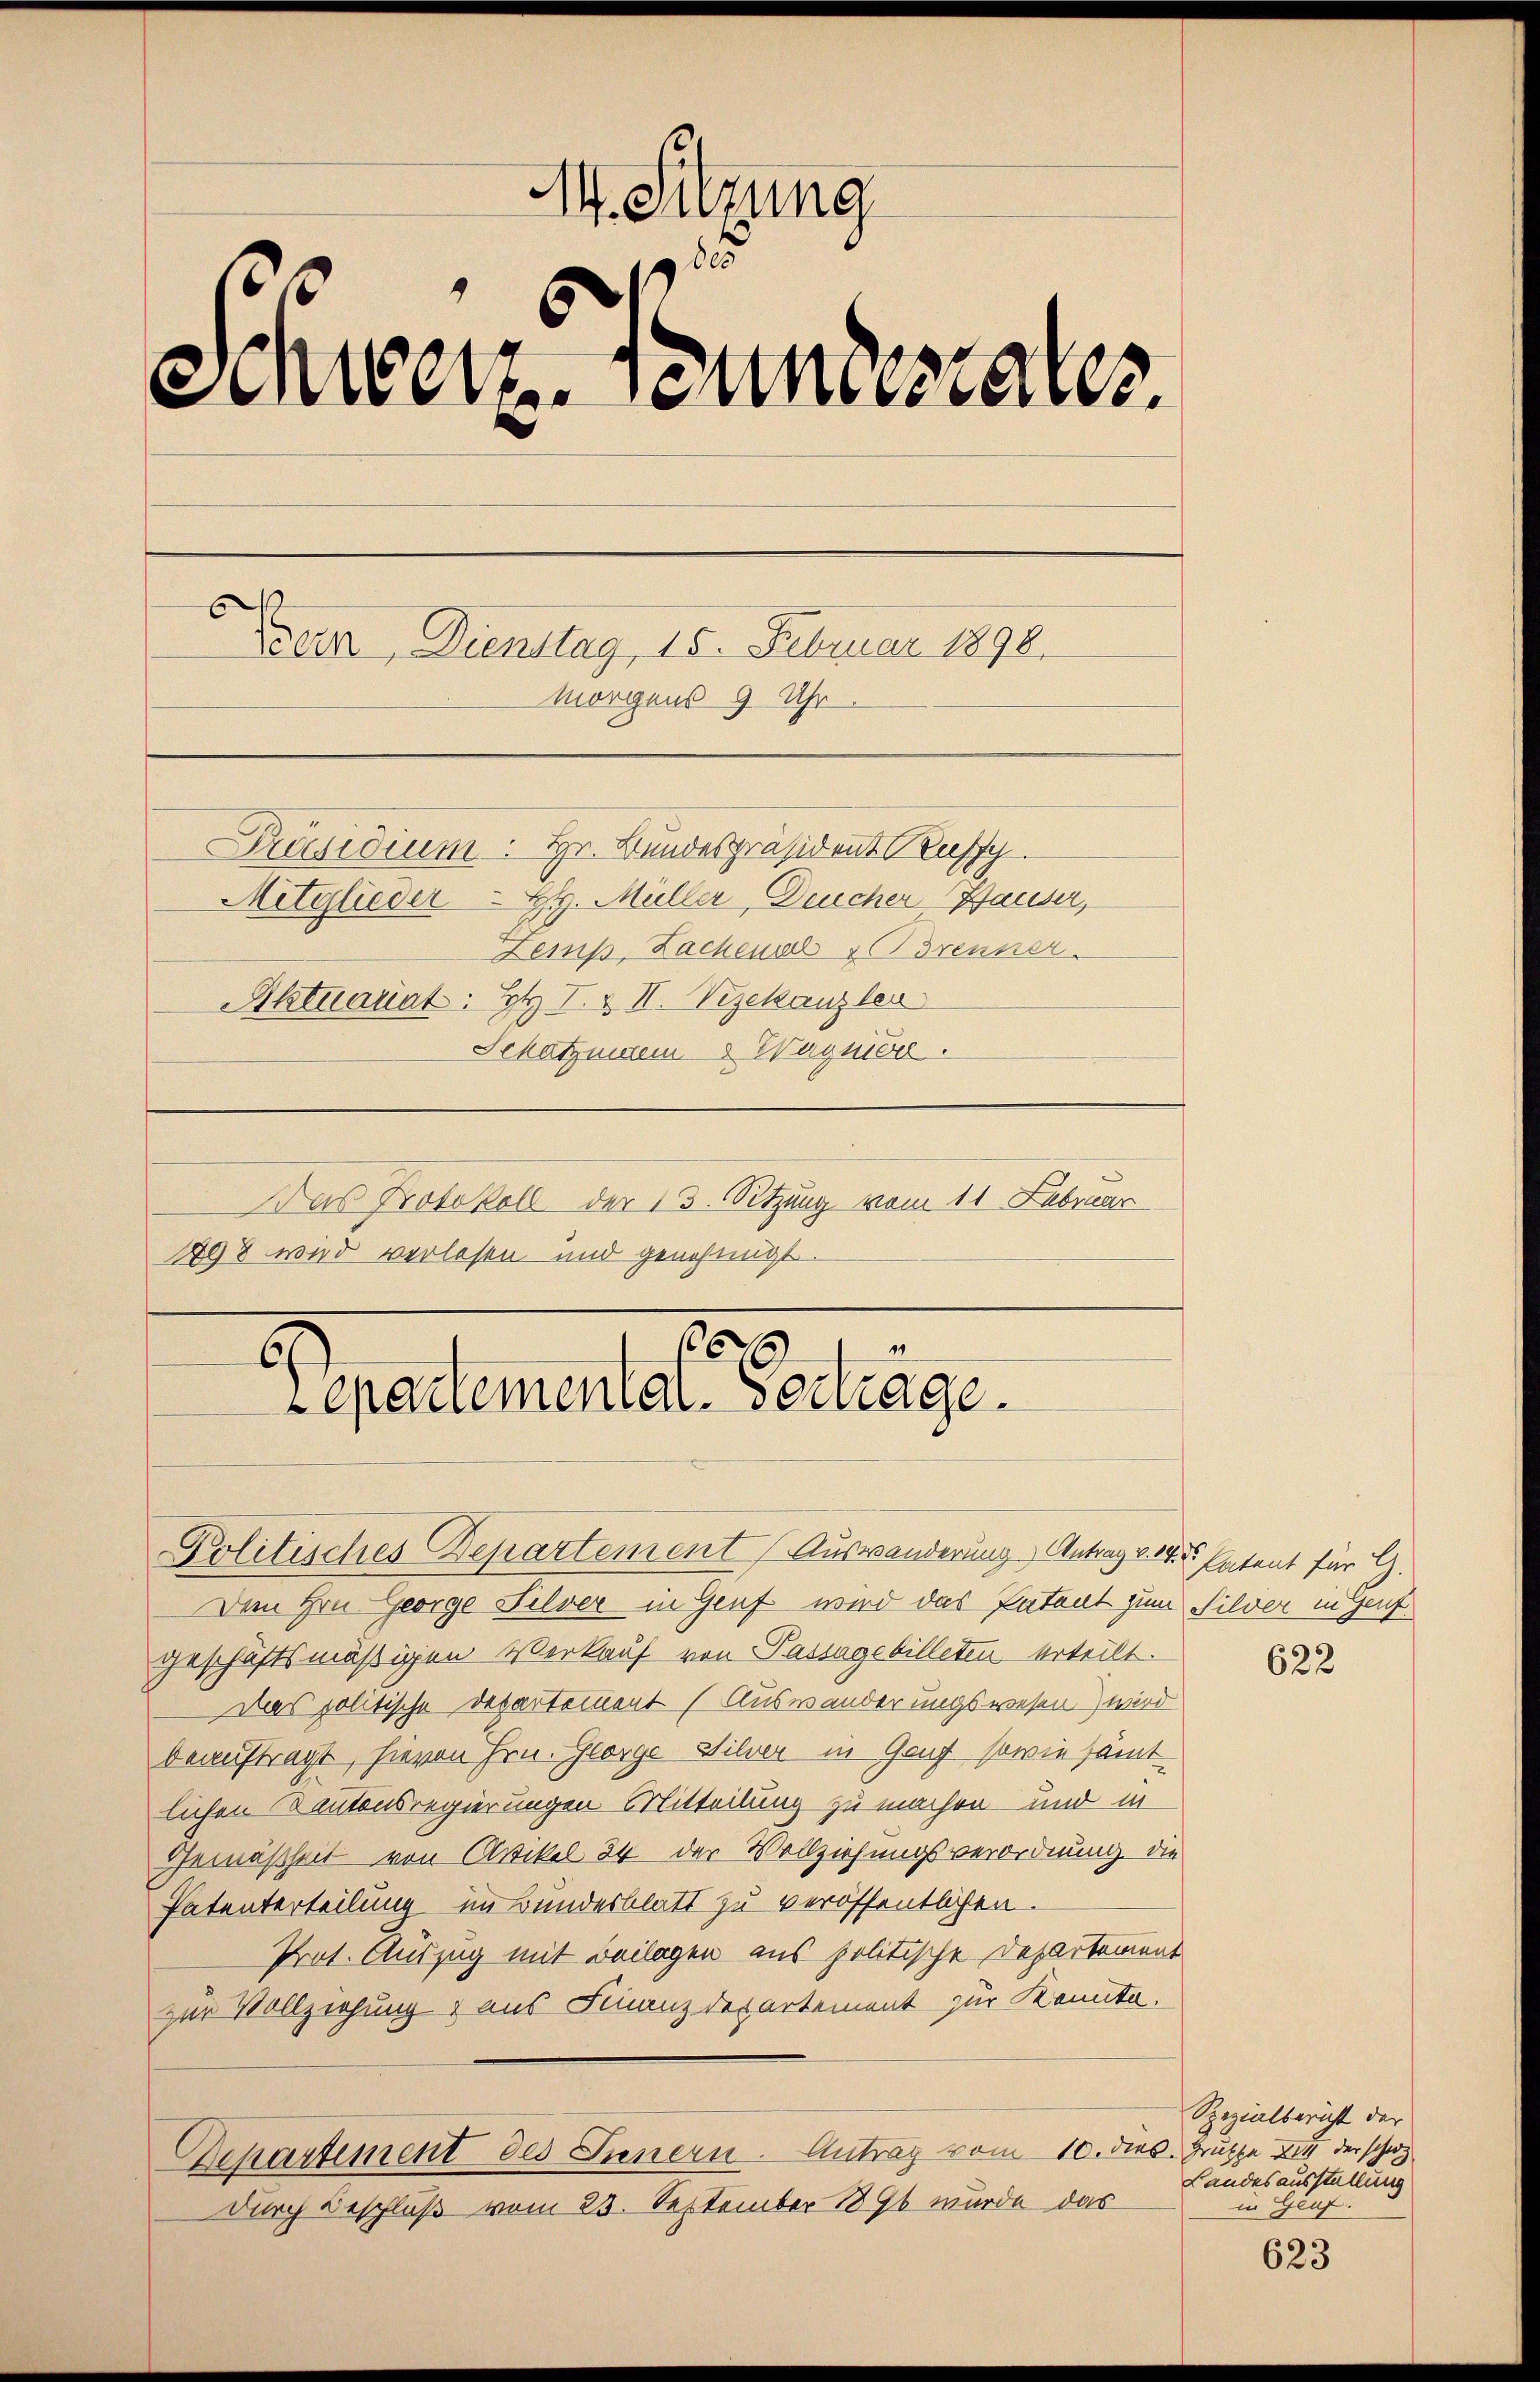
M. Sitzung
85
Schweizenmessaler.
Train, Dienstag 15. Februar 1898.
Morgens 9 Uhr.
Präsidium. Hr. Bundespräsident Kussy
Mitglieder H. Müller, Deucher Hauser,
Zemp, Lachenal & Trenner
Aktuariat: Hr. I. & II. Vizekanzler
Schatzmann Wagnier.

Das Protokoll der 13. Sitzung vom 11. Februar
1898 wird verlesen und genehmigt.

epartementat. Sourage.

Politisches Departement (Auswanderung, Antrag v. M. Patent für G.
Den Hrn. George Silver in Genf wird das Patent zum Silver in Genf
geschäftsmäßigen Verkauf von Passagebilleten erteilt.
Das politische Departement (Auswanderungswesen) wird
beauftragt, hievon Hrn. George Silver in Genf, sowie sämt
lichen Kantonsregierungen Mitteilung zu machen und in
Gemäßheit von Artikel 24 der Vollziehungsverordnung die
Patunterteilung im Bundesblatt zu veröffentlichen.
Prot. Auszug mit Beilagen aus politische Departement
zur Vollziehung & aus Finanzdepartement zur Konnta.
Departement des Innern. Antrag vom 10. dies Gruppe zu der schw
durch Beschluß vom 23. September 1890 wurde das

622

Spezialbericht der
Landesausstellung
in Genf.

623